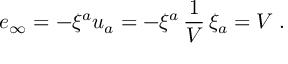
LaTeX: e _ { \infty } = - \xi ^ { a } u _ { a } = - \xi ^ { a } \, { \frac { 1 } { V } } \, \xi _ { a } = V \; .